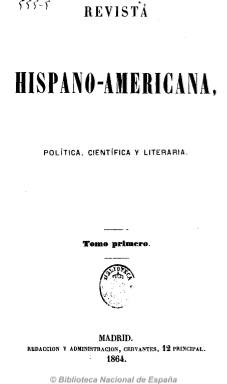
Título: Revista hispano-americana (Madrid. 1864)
Otros títulos: Revista hispanoamericana
Colección: Cultura
Ámbito geográfico: Madrid
Lugar de publicación: Madrid
Fechas: 01/01/1864-30/05/1867

Destacada revista americanista fundada y dirigida por una generación de liberales radicales y abolicionistas tanto nacidos en las Antillas pero que ejercen en Madrid su actividad periodística e intelectual como nacidos en la metrópoli. Su principal fundador y director es el cubano Antonio Angulo Heredia (1837-1873), al que se le suman Félix de Bona y el puertorriqueño Julio L. Vizcarrondo. En ella se publicarán artículos de gran calado tanto de carácter político, como literario, científico, económico y artístico, así como una crónica de actualidad política del interior y extranjero y otra de actualidad literaria y cultural.

En la misma se dan cita Cristóbal Arozarena, Calixto Bernal, José M. Escoriza, Francisco Giner, Rafael María de Labra, Nicolás Salmerón, Santiago Madrazo, Julio Monreal, Rafael Serrano Alcázar, Joaquín Zayas, Nicolás D. de Benjumea, Julio Zenón, Francisco Rivero, José Echegaray, José Alcalá Galiano, pero también Campoamor, Cañete, Castro y Serrano y Valera, entre otros muchos.

La revista da cabida también a textos de creación literaria, entre los que se encuentran composiciones poéticas, pero el mayor peso de los mismos están dedicados a artículos sobre política, economía, sociedad, administración pública, educación, filosofía, historia, arquitectura, derecho, así como a bibliografía, biografía y de crítica e historia literaria, especialmente dedicados a la cuestión colonial, pero también a otros países europeos, además de a España.

Con periodicidad mensual, comenzó a publicarse en noviembre de 1864, en números de un centenar de páginas, hasta que en enero del año siguiente aumenta su frecuencia a quincenal, aunque reduciendo su paginación a prácticamente la mitad. Se distribuía tanto en España como en otras capitales europeas y las principales ciudades hispanoaméricanas, y su circulación fue recogida en La Habana, provocando que los esclavistas españoles financiaran la aparición del semanario La isla de Cuba para contrarrestar su influencia y defender el statu quo.

Vizcarrondo asumirá posteriormente su propiedad y dirección y publica su último número el 30 de mayo de 1867, para seguir una segunda época desde el 13 de junio hasta el 28 de diciembre de ese año bajo la cabecera El imparcial: Revista hispano-americana (véase este título en esta misma Hemeroteca Digital),  es decir, como revista del diario democrático que había fundado el 16 de marzo Eduardo Gasset y Artime.

Publica también un suplemento de ocho páginas bajo el título Revista de ultramar, y su colección está formada por varios tomos con índices de materias o sumarios.